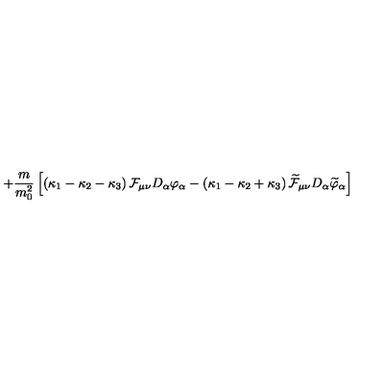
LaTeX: + \frac { m } { m _ { 0 } ^ { 2 } } \left[ \left( \kappa _ { 1 } - \kappa _ { 2 } - \kappa _ { 3 } \right) { \cal F } _ { \mu \nu } D _ { \alpha } \varphi _ { \alpha } - \left( \kappa _ { 1 } - \kappa _ { 2 } + \kappa _ { 3 } \right) \widetilde { { \cal F } } _ { \mu \nu } D _ { \alpha } \widetilde { \varphi } _ { \alpha } \right]